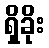
ရှိခိုး